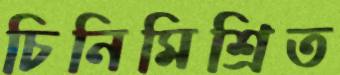
চিনিমিশ্রিত